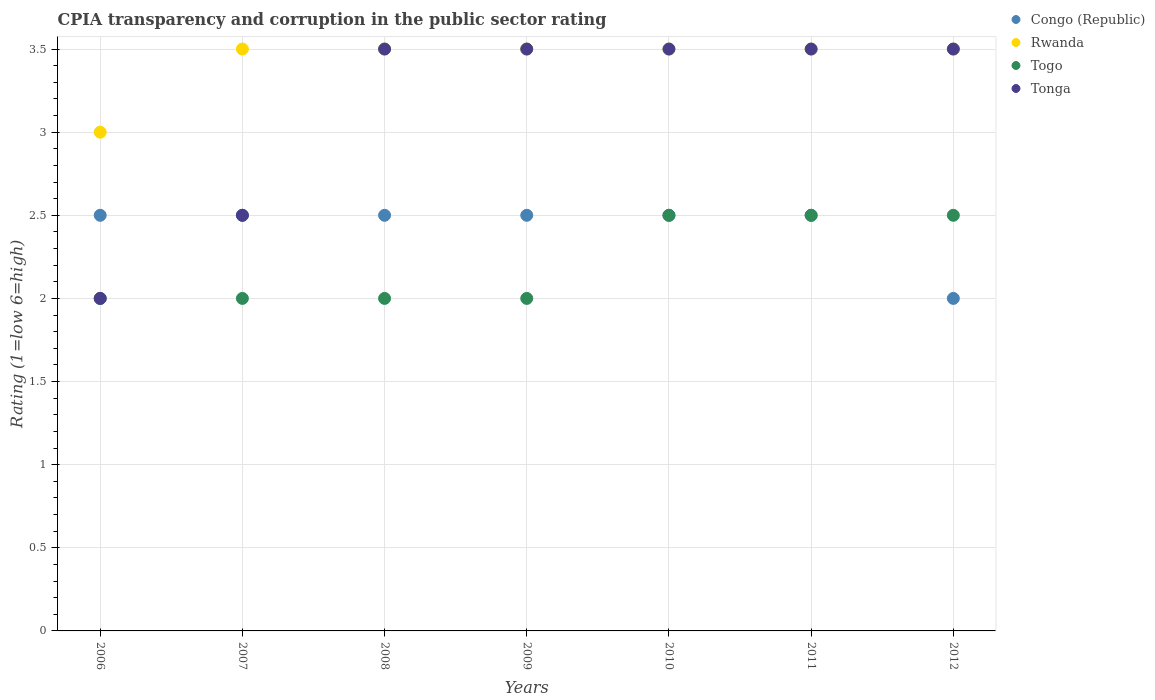
| Years | Congo (Republic) | Rwanda | Togo | Tonga |
 | --- | --- | --- | --- | --- |
 | 2006 | 2.5 | 3 | 2 | 2 |
 | 2007 | 2.5 | 3.5 | 2 | 2.5 |
 | 2008 | 2.5 | 3.5 | 2 | 3.5 |
 | 2009 | 2.5 | 3.5 | 2 | 3.5 |
 | 2010 | 2.5 | 3.5 | 2.5 | 3.5 |
 | 2011 | 2.5 | 3.5 | 2.5 | 3.5 |
 | 2012 | 2 | 3.5 | 2.5 | 3.5 |